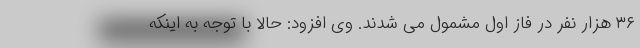
۳۶ هزار نفر در فاز اول مشمول می شدند. وی افزود: حالا با توجه به اینکه